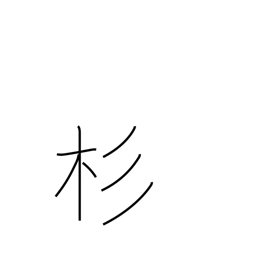
Meaning: cryptomeria